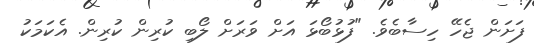
ފަށަން ޖެހޭ ހިސާބެވެ. "ފުޅުބޯޅަ އަށް ވަރަށް ލޯބި ކުރިން ކުރިން. އެކަމަކު